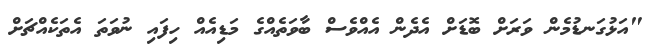
"އަޅުގަނޑުމެން ވަރަށް ބޮޑަށް އެދެން އެއްވެސް ބާވަތެއްގެ މަޑިއެއް ހިފައި ނުވަތަ އެތަކެއްޗަށް